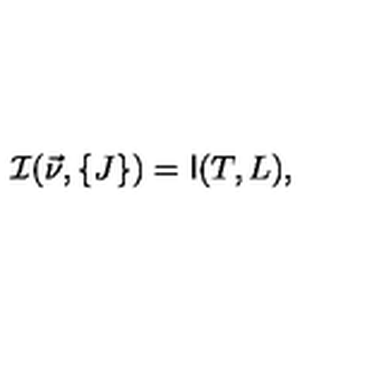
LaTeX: { \cal I } ( \vec { \nu } , \{ J \} ) = \mathrm { \sf I } ( T , L ) ,